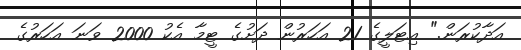
އަދާކުރަން." އިޓަލީގެ 21 އަހަރުން ދަށުގެ ޓީމާ އެކު 2000 ވަނަ އަހަރުގެ